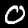
Digit: 0